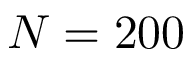
N = 2 0 0